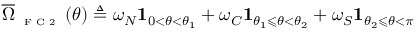
\overline { { \Omega } } _ { \textnormal { \tiny { F C 2 } } } ( \theta ) \triangleq \omega _ { N } \mathbf { 1 } _ { 0 < \theta < \theta _ { 1 } } + \omega _ { C } \mathbf { 1 } _ { \theta _ { 1 } \leqslant \theta < \theta _ { 2 } } + \omega _ { S } \mathbf { 1 } _ { \theta _ { 2 } \leqslant \theta < \pi }